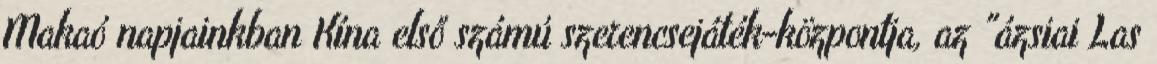
Makaó napjainkban Kína első számú szerencsejáték-központja, az "ázsiai Las